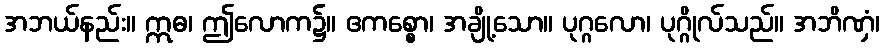
အဘယ်နည်း။ ဣဓ၊ ဤလောက၌။ ဧကစ္စော၊ အချို့သော။ ပုဂ္ဂလော၊ ပုဂ္ဂိုလ်သည်။ အဘိဏှံ၊